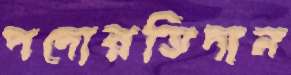
পদোন্নতিদান